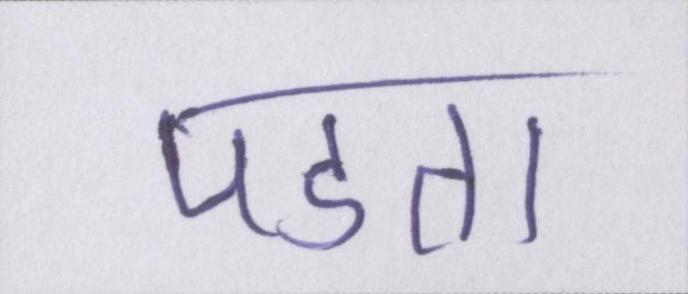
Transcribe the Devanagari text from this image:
पडता